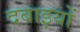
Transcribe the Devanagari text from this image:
दबाइयों